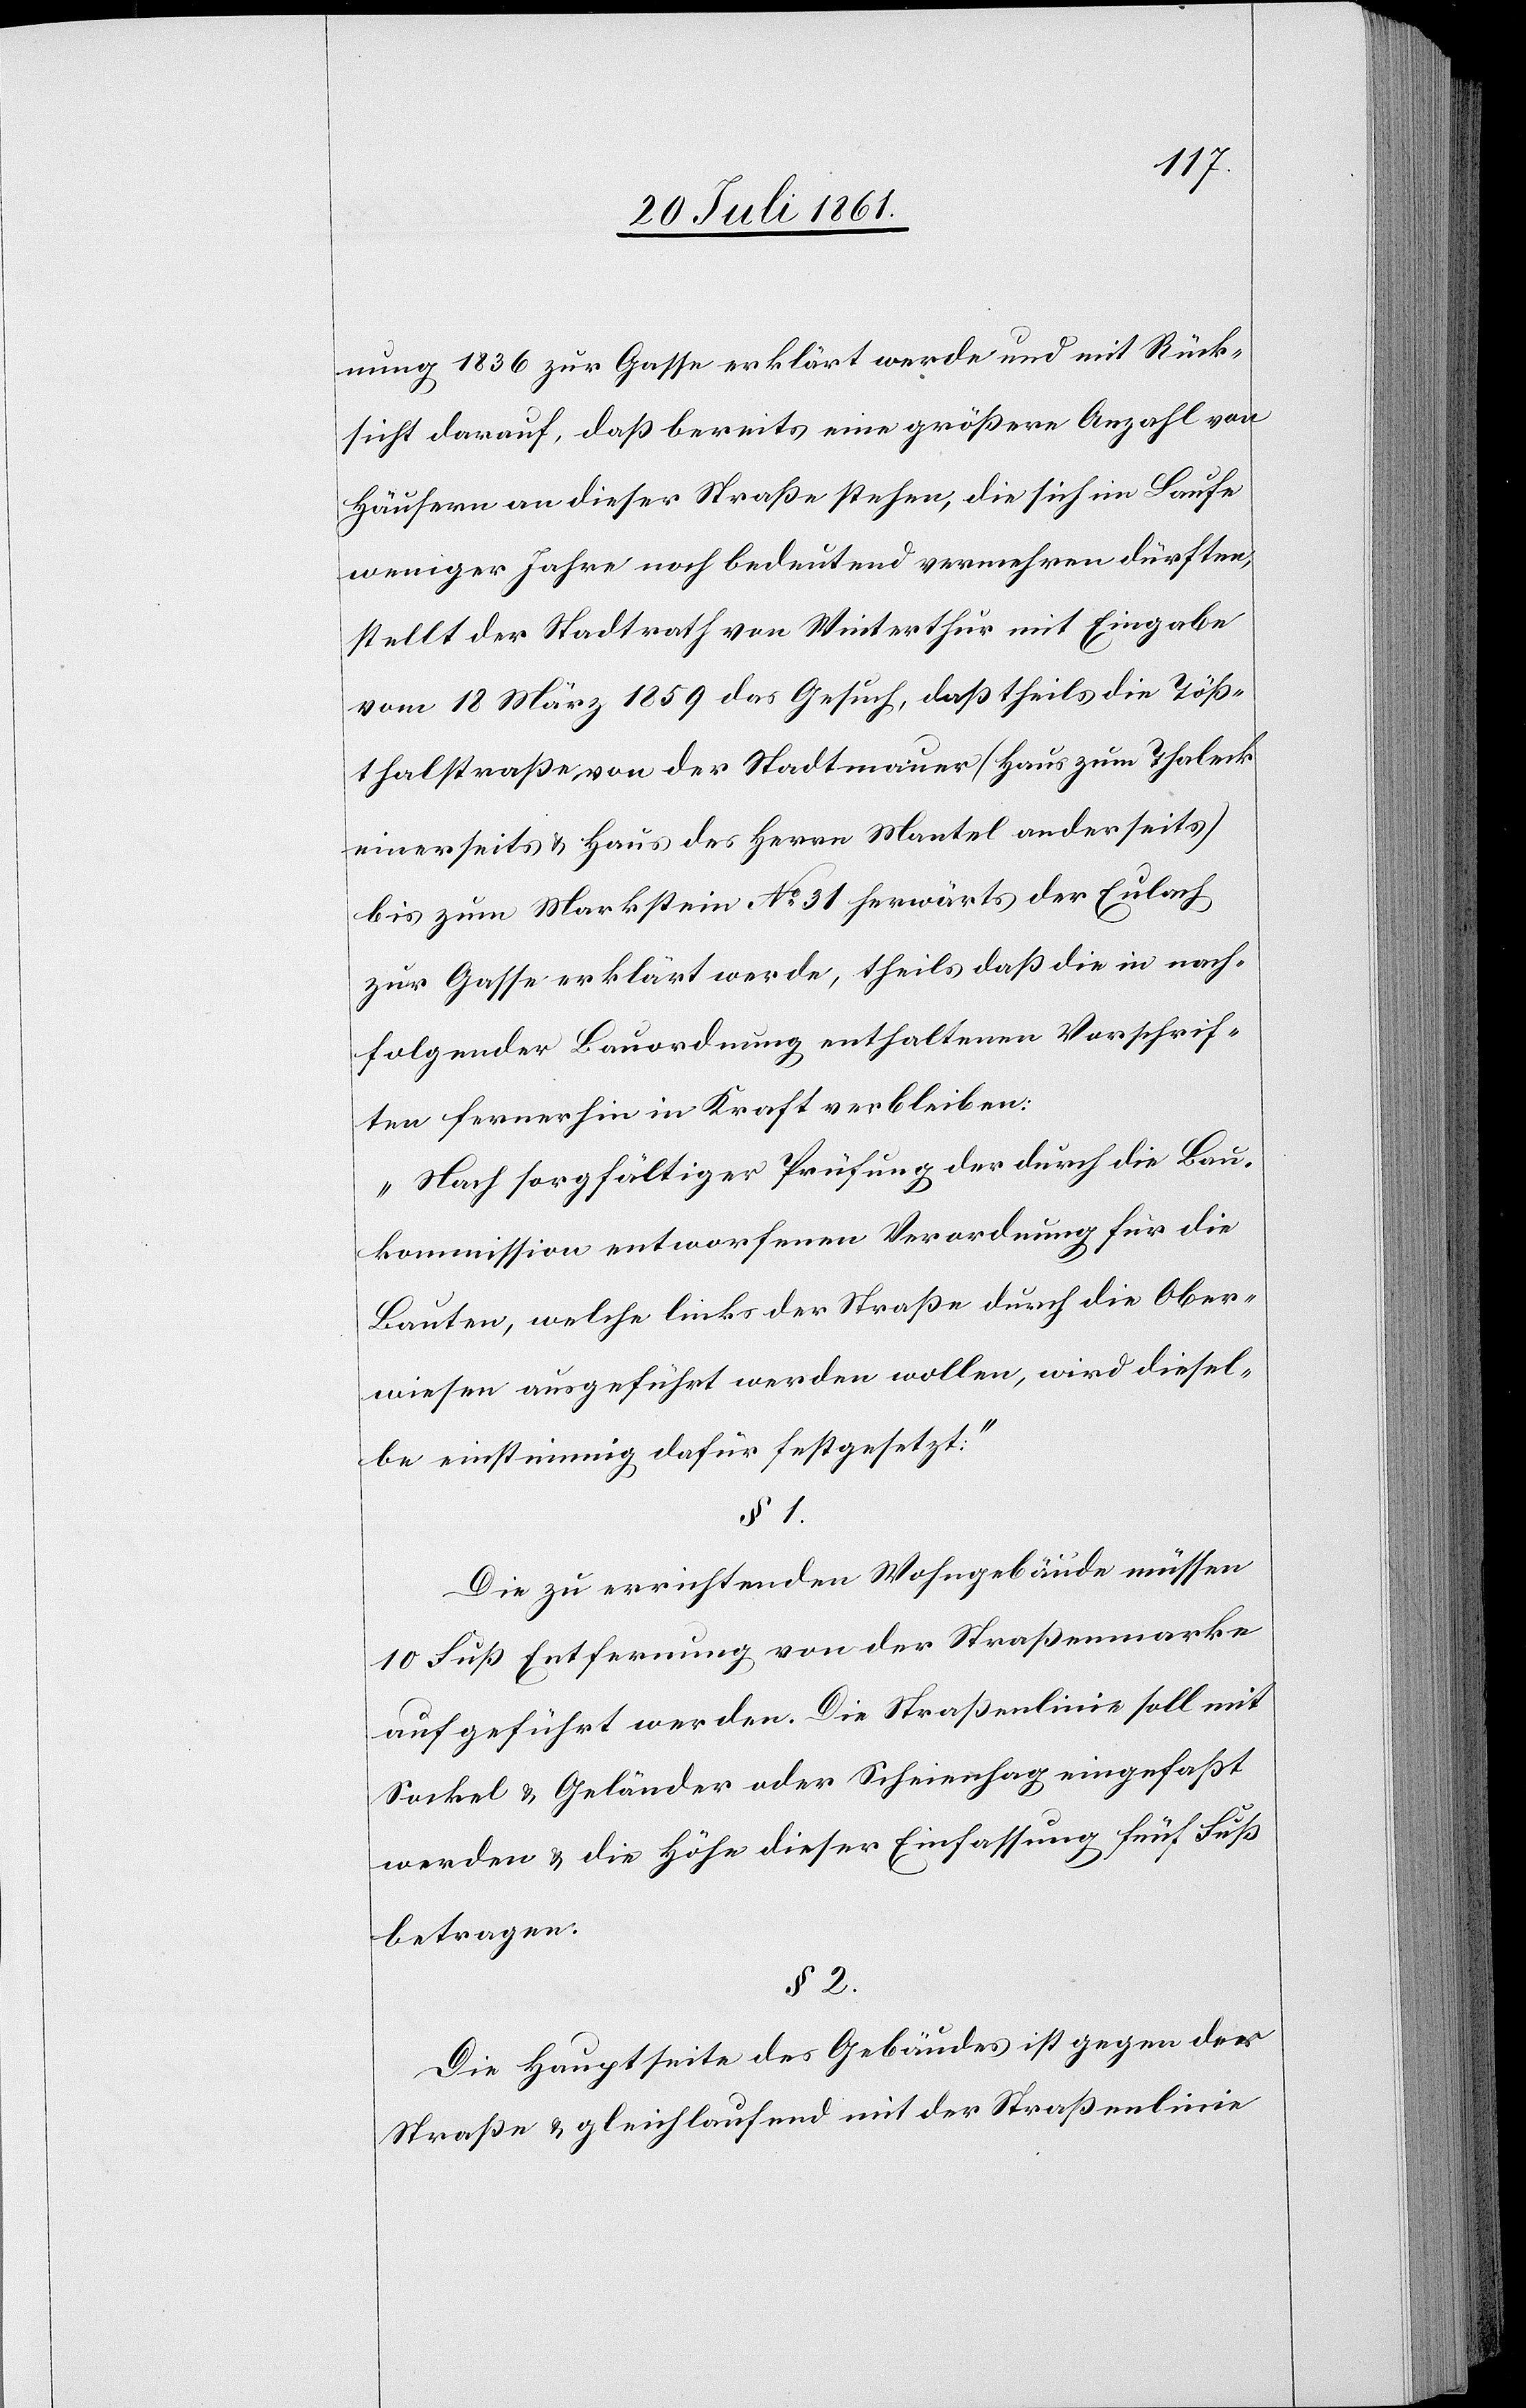
nung 1836 zur Gasse erklärt werde und mit Rück¬
sicht darauf, daß bereits eine größere Anzahl von
Häusern an dieser Straße stehen, die sich im Laufe
weniger Jahre noch bedeutend vermehren dürften,
stellt der Stadtrath von Winterthur mit Eingabe
vom 18 März 1859 das Gesuch, daß theils die Töß¬
thalstraße von der Stadtmauer (Haus zum Thaleck
einerseits u. Haus des Herrn Mantel anderseits)
bis zum Markstein N° 31 herwärts der Eulach
zur Gasse erklärt werde, theils daß die in nach¬
folgender Bauordnung enthaltenen Vorschrif¬
ten fernerhin in Kraft verbleiben.
„Nach sorgfältiger Prüfung der durch die Bau¬
kommission entworfenen Verordnung für die
Bauten, welche links der Straße durch die Ober¬
wiesen ausgeführt werden wollen, wird diesel¬
be einstimmig dafür festgesetzt.“
§ 1.
Die zu errichtenden Wohngebäude müssen
10 Fuß Entfernung von der Straßenmarke
aufgeführt werden. Die Straßenlinie soll mit
Sockel u. Geländer oder Scheinhag eingefaßt
wrden u. die Höhe dieser Einlassung fünf Fuß
betragen.
§ 2.
Die Hauptseite des Gebäudes ist gegen die
Straße u gleichlaufend mit der Straßenlinie